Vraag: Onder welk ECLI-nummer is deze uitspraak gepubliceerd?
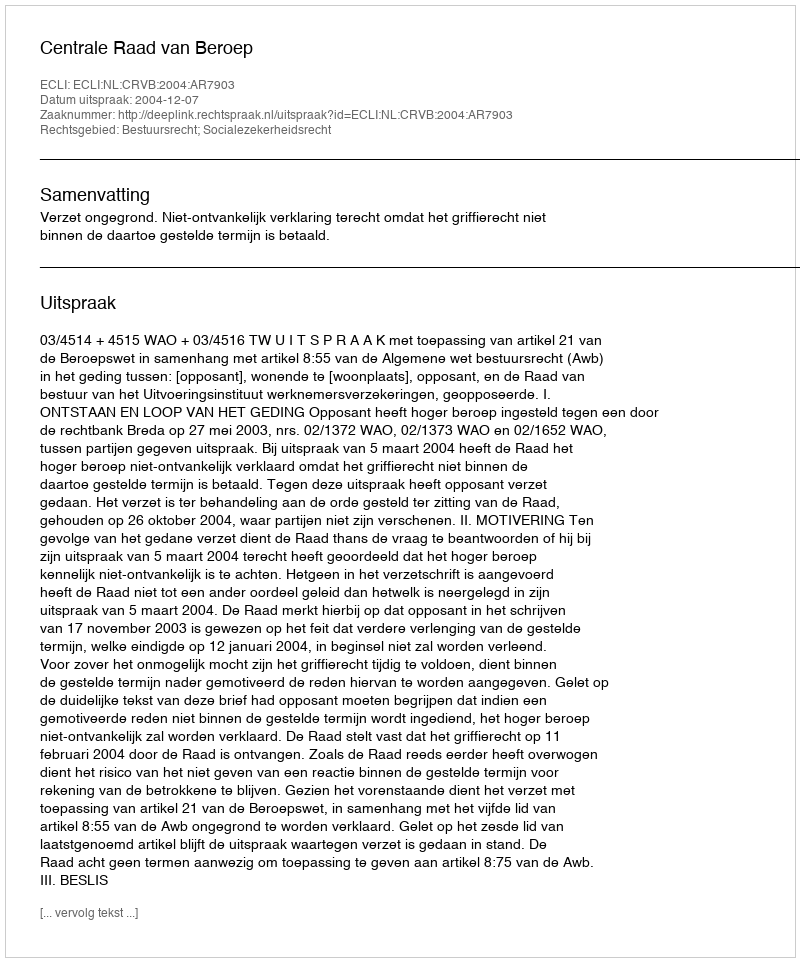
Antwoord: ECLI:NL:CRVB:2004:AR7903